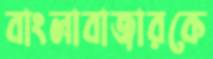
বাংলাবাজারকে